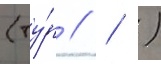
(ту́р //  )